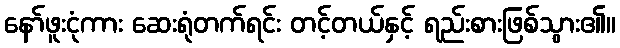
နော်ဖူးငုံကား ဆေးရုံတက်ရင်း တင့်တယ်နှင့် ရည်းစားဖြစ်သွား၏။